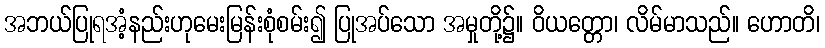
အဘယ်ပြုရအံ့နည်းဟုမေးမြန်းစုံစမ်း၍ ပြုအပ်သော အမှုတို့၌။ ဝိယတ္တော၊ လိမ်မာသည်။ ဟောတိ၊